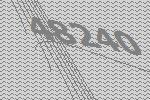
48240